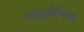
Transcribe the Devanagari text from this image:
कानूनविदों